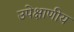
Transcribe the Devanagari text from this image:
उपेक्षाणीय